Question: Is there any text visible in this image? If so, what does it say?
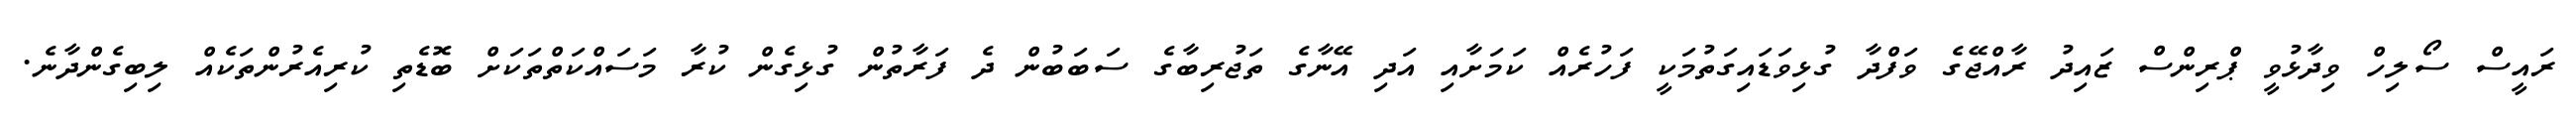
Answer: ރައީސް ސޯލިހް ވިދާޅުވީ ޕްރިންސް ޒައިދު ރާއްޖޭގެ ވަފްދާ ގުޅިވަޑައިގަތުމަކީ ފަހުރެއް ކަމަށާއި އަދި އޭނާގެ ތަޖުރިބާގެ ސަބަބުން ދެ ފަރާތުން ގުޅިގެން ކުރާ މަސައްކަތްތަކަށް ބޮޑެތި ކުރިއެރުންތަކެއް ލިބިގެންދާނެ.